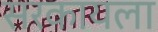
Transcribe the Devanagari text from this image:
सरकायला